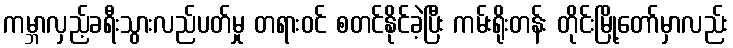
ကမ္ဘာလှည့်ခရီးသွားလည်ပတ်မှု တရားဝင် စတင်နိုင်ခဲ့ပြီး ကမ်းရိုးတန်း တိုင်းမြို့တော်မှာလည်း